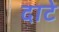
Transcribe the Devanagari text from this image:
दाटे